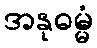
အနုဓမ္မံ